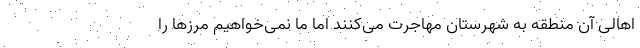
اهالی آن منطقه به شهرستان مهاجرت می‌کنند اما ما نمی‌خواهیم مرزها را